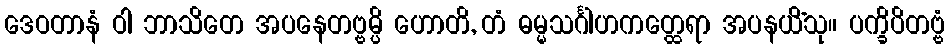
ဒေဝတာနံ ဝါ ဘာသိတေ အပနေတဗ္ဗမ္ပိ ဟောတိ, တံ ဓမ္မသင်္ဂါဟကတ္ထေရာ အပနယိံသု။ ပက္ခိပိတဗ္ဗံ